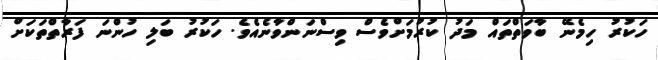
ހަކުރު ހިމެނޭ ބާވަތްތައް މަދު ކުރުމަށްވެސް ވިސްނަންވާނެއެވެ. ހަކުރު ބަލި ހުންނަ ފަރާތްތަކަށް